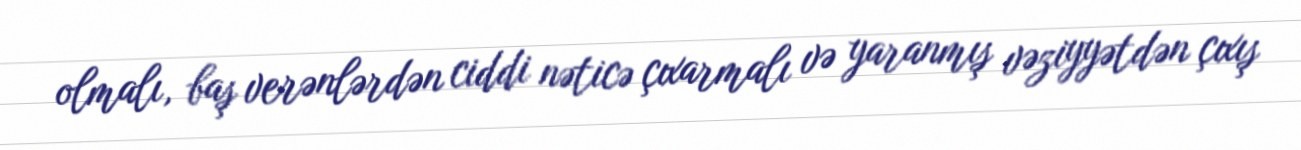
olmalı, baş verənlərdən ciddi nəticə çıxarmalı və yaranmış vəziyyətdən çıxış